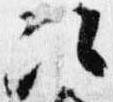
次